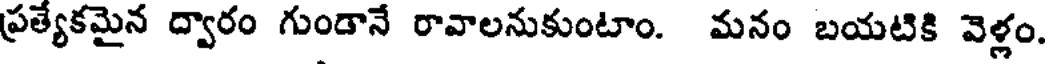
ప్రత్యేకమైన ద్వారం గుండానే రావాలనుకుంటాం. మనం బయటికి వెళ్లం.